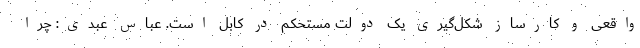
واقعی و کارساز شکل‌گیری یک دولت مستحکم در کابل است. عباس عبدی: چرا